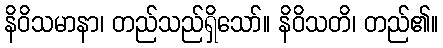
နိဝိသမာနာ၊ တည်သည်ရှိသော်။ နိဝိသတိ၊ တည်၏။